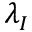
\lambda _ { I }